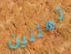
تعتنين